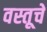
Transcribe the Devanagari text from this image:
वस्तूचें